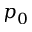
p _ { 0 }